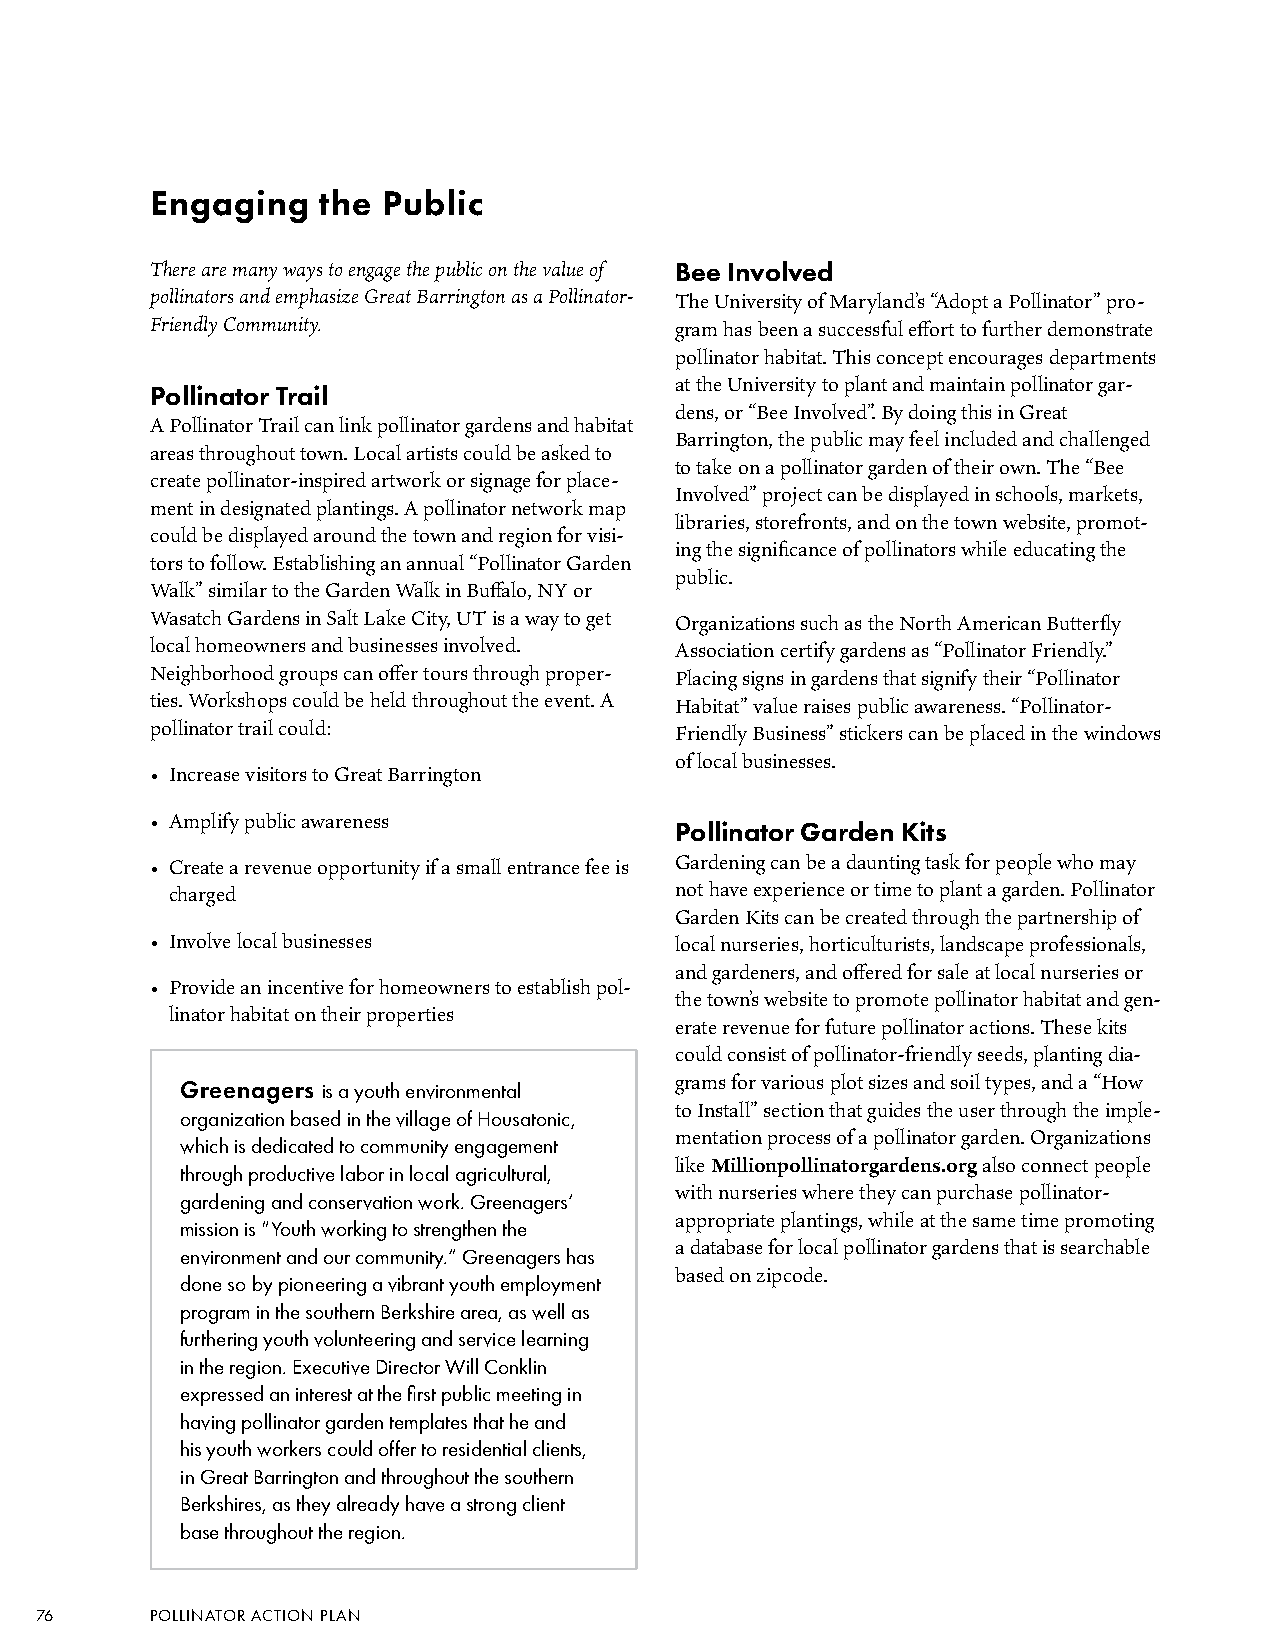
Engaging   the Public
 There are many ways to engage the public on the value of Bee Involved
 pollinators and emphasize Great Barrington as a Pollinator- The University of Maryland’s “Adopt a Pollinator” pro-
 Friendly Community.                gram has been a successful effort to further demonstrate
 pollinator habitat. This concept encourages departments
 at the University to plant and maintain pollinator gar-
 Pollinator Trail
 dens, or “Bee Involved”. By doing this in Great
 A Pollinator Trail can link pollinator gardens and habitat
 Barrington, the public may feel included and challenged
 areas throughout town. Local artists could be asked to
 to take on a pollinator garden of their own. The “Bee
 create pollinator-inspired artwork or signage for place-
 Involved” project can be displayed in schools, markets,
 ment in designated plantings. A pollinator network map
 libraries, storefronts, and on the town website, promot-
 could be displayed around the town and region for visi-
 ing the significance of pollinators while educating the
 tors to follow. Establishing an annual “Pollinator Garden
 public.
 Walk” similar to the Garden Walk in Buffalo, NY or
 Wasatch Gardens in Salt Lake City, UT is a way to get Organizations such as the North American Butterfly
 local homeowners and businesses involved. Association certify gardens as “Pollinator Friendly.”
 Neighborhood groups can offer tours through proper- Placing signs in gardens that signify their “Pollinator
 ties. Workshops could be held throughout the event. A Habitat” value raises public awareness. “Pollinator-
 pollinator trail could:            Friendly Business” stickers can be placed in the windows
 of local businesses.
 • Increase visitors to Great Barrington
 • Amplify public awareness
 Pollinator Garden Kits
 • Create a revenue opportunity if a small entrance fee is Gardening can be a daunting task for people who may
 charged                           not have experience or time to plant a garden. Pollinator
 Garden Kits can be created through the partnership of
 • Involve local businesses         local nurseries, horticulturists, landscape professionals,
 and gardeners, and offered for sale at local nurseries or
 • Provide an incentive for homeowners to establish pol-
 the town’s website to promote pollinator habitat and gen-
 linator habitat on their properties
 erate revenue for future pollinator actions. These kits
 could consist of pollinator-friendly seeds, planting dia-
 Greenagers is a youth environmental grams for various plot sizes and soil types, and a “How
 to Install” section that guides the user through the imple-
 organization based in the village of Housatonic,
 mentation process of a pollinator garden. Organizations
 which is dedicated to community engagement
 like Millionpollinatorgardens.org also connect people
 through productive labor in local agricultural,
 with nurseries where they can purchase pollinator-
 gardening and conservation work. Greenagers’
 appropriate plantings, while at the same time promoting
 mission is “Youth working to strengthen the
 a database for local pollinator gardens that is searchable
 environment and our community.” Greenagers has
 based on zipcode.
 done so by pioneering a vibrant youth employment
 program in the southern Berkshire area, as well as
 furthering youth volunteering and service learning
 in the region. Executive Director Will Conklin
 expressed an interest at the first public meeting in
 having pollinator garden templates that he and
 his youth workers could offer to residential clients,
 in Great Barrington and throughout the southern
 Berkshires, as they already have a strong client
 base throughout the region.
 76      POLLINATOR ACTION PLAN